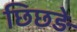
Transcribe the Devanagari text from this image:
छिछड़े